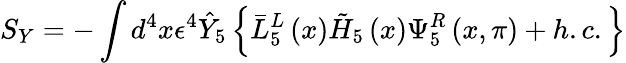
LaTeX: S_{Y}=-\int d^{4}x\epsilon^{4}\hat{Y}_{5}\left\{ \bar{L}_{5}^{L}\left(x\right)\tilde{H}_{5}\left(x\right)\Psi_{5}^{R}\left(x,\pi\right)+h.c.\right\}